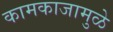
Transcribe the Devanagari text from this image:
कामकाजामुळे